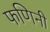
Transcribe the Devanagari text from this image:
फणिनी